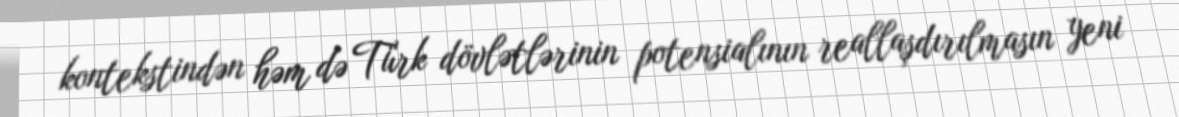
kontekstindən həm də Türk dövlətlərinin potensialının reallaşdırılmasın yeni